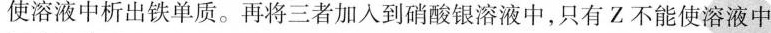
使溶液中析出铁单质。再将三者加入到硝酸银溶液中，只有Z不能使溶液中